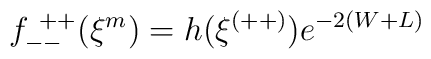
f^{~++}_{--} (\xi^m) = h(\xi^{(++)}) e^{-2(W+L)}